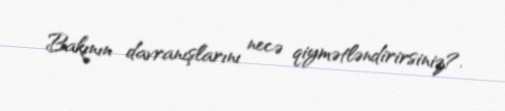
Bakının davranışlarını necə qiymətləndirirsiniz?.